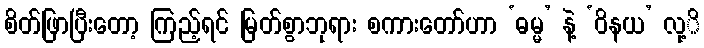
စိတ်ဖြာပြီးတော့ ကြည့်ရင် မြတ်စွာဘုရား စကားတော်ဟာ ‘ဓမ္မ’ နဲ့ ‘ဝိနယ’ လု့ိ